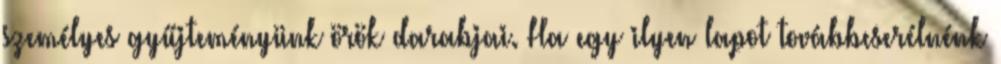
személyes gyűjteményünk örök darabjai. Ha egy ilyen lapot továbbcserélnénk